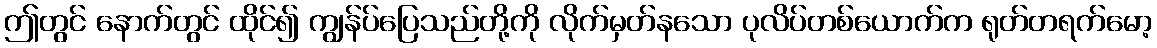
ဤတွင် နောက်တွင် ထိုင်၍ ကျွန်ပ်ပြေသည်တို့ကို လိုက်မှတ်နသော ပုလိပ်တစ်ယောက်က ရုတ်တရက်မော့